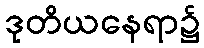
ဒုတိယနေရာ၌